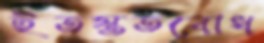
ইতস্ততবোধ